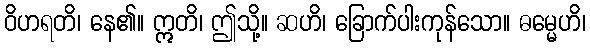
ဝိဟရတိ၊ နေ၏။ ဣတိ၊ ဤသို့။ ဆဟိ၊ ခြောက်ပါးကုန်သော။ ဓမ္မေဟိ၊